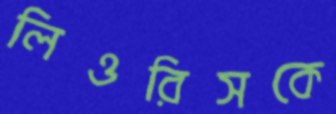
লিওরিসকে